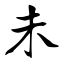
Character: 未